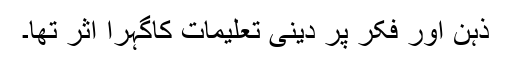
ذہن اور فکر پر دینی تعلیمات کاگہرا اثر تھا۔